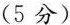
(5 分)